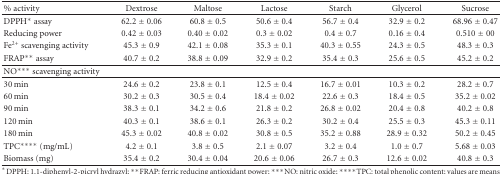
| % activity | Dextrose | Maltose | Lactose | Starch | Glycerol | Sucrose |
 | --- | --- | --- | --- | --- | --- | --- |
 | DPPH* assay | 62.2 ± 0.06 | 60.8 ± 0.5 | 50.6 ± 0.4 | 56.7 ± 0.4 | 32.9 ± 0.2 | 68.96 ± 0.47 |
 | Reducing power | 0.42 ± 0.03 | 0.40 ± 0.02 | 0.3 ± 0.02 | 0.4 ± 0.7 | 0.16 ± 0.4 | 0.510 ± 00 |
 | Fe2+ scavenging activity | 45.3 ± 0.9 | 42.1 ± 0.08 | 35.3 ± 0.1 | 40.3 ± 0.55 | 24.3 ± 0.5 | 48.3 ± 0.3 |
 | FRAP** assay | 40.7 ± 0.2 | 38.8 ± 0.09 | 32.9 ± 0.2 | 35.4 ± 0.3 | 25.6 ± 0.5 | 45.2 ± 0.2 |
 | NO*** scavenging activity |  |  |  |  |  |  |
 | 30 min | 24.6 ± 0.2 | 23.8 ± 0.1 | 12.5 ± 0.4 | 16.7 ± 0.01 | 10.3 ± 0.2 | 28.2 ± 0.7 |
 | 60 min | 30.2 ± 0.3 | 30.5 ± 0.4 | 18.4 ± 0.02 | 22.6 ± 0.3 | 18.4 ± 0.5 | 35.2 ± 0.02 |
 | 90 min | 38.3 ± 0.1 | 34.2 ± 0.6 | 21.8 ± 0.2 | 26.8 ± 0.02 | 20.4 ± 0.8 | 40.2 ± 0.8 |
 | 120 min | 40.3 ± 0.1 | 38.6 ± 0.1 | 26.3 ± 0.2 | 30.2 ± 0.4 | 25.5 ± 0.3 | 45.3 ± 0.11 |
 | 180 min | 45.3 ± 0.02 | 40.8 ± 0.02 | 30.8 ± 0.5 | 35.2 ± 0.88 | 28.9 ± 0.32 | 50.2 ± 0.45 |
 | TPC**** (mg/mL) | 4.2 ± 0.1 | 3.8 ± 0.5 | 2.1 ± 0.07 | 3.2 ± 0.4 | 1.0 ± 0.7 | 5.68 ± 0.03 |
 | Biomass (mg) | 35.4 ± 0.2 | 30.4 ± 0.04 | 20.6 ± 0.06 | 26.7 ± 0.3 | 12.6 ± 0.02 | 40.8 ± 0.3 |